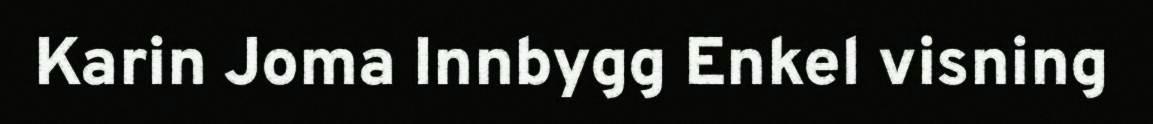
Karin Joma Innbygg Enkel visning